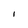
Character: I